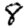
Digit: 8